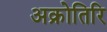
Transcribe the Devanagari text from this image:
अक्रोतिरि